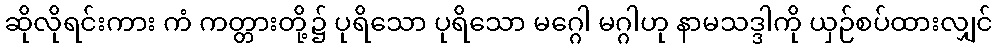
ဆိုလိုရင်းကား ကံ ကတ္တားတို့၌ ပုရိသော ပုရိသော မဂ္ဂေါ မဂ္ဂါဟု နာမသဒ္ဒါကို ယှဉ်စပ်ထားလျှင်